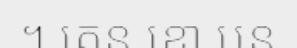
។ តេន ខោ បន